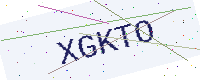
Text: XGKTO